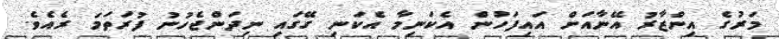
މަރުގެ އިންޒާރު އޭނާއަށް އައިފަހުން އެކަނިމާ އެކަނި ގޭގައި ނިދަންޖެހުނު ފުރަތަމަ ރެއެވެ.